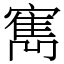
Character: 寯